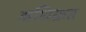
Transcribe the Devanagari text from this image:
अधिक्रत